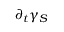
\partial _ { t } \gamma _ { S }